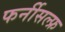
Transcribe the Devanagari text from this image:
फर्नीसल्फ्र